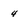
Character: 4